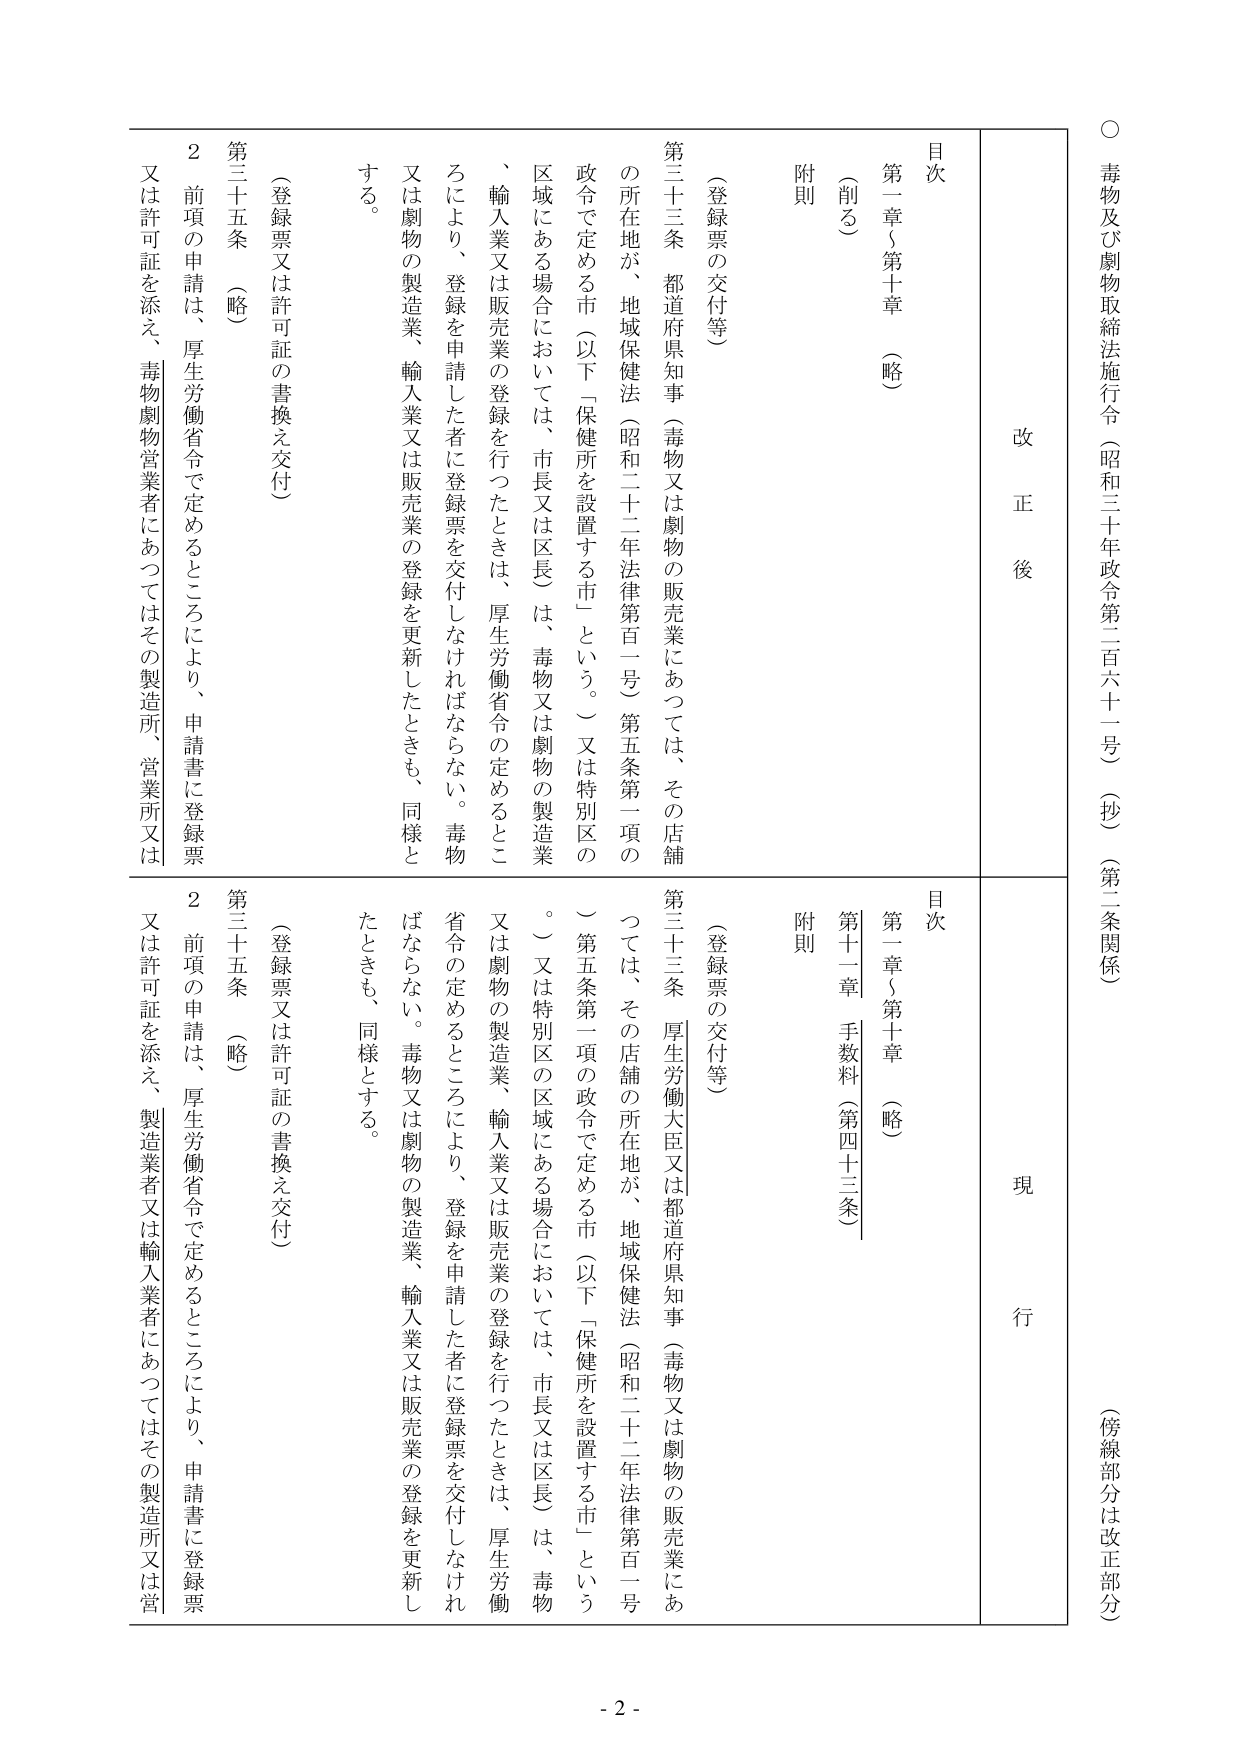
○ 毒物及び劇物取締法施行令（昭和三十年政令第二百六十一号）（抄）（第二条関係）（傍線部分は改正部分）

改正後

目次
第一章～第十章（略）
（削る）
附則

（登録票の交付等）
第三十三条 都道府県知事（毒物又は劇物の販売業にあつては、その店舗の所在地が、地域保健法（昭和二十二年法律第百一号）第五条第一項の政令で定める市（以下「保健所を設置する市」という。）又は特別区の区域にある場合においては、市長又は区長）は、毒物又は劇物の製造業、輸入業又は販売業の登録を行つたときは、厚生労働省令で定めるところにより、登録を申請した者に登録票を交付しなければならない。毒物又は劇物の製造業、輸入業又は販売業の登録を更新したときも、同様とする。

第三十五条（略）
（登録票又は許可証の書換え交付）
２ 前項の申請は、厚生労働省令で定めるところにより、申請書に登録票又は許可証を添え、毒物劇物営業者にあつてはその製造所、営業所又は

現行

目次
第一章～第十章（略）
第十一章 手数料（第四十三条）
附則

（登録票の交付等）
第三十三条 厚生労働大臣又は都道府県知事（毒物又は劇物の販売業にあつては、その店舗の所在地が、地域保健法（昭和二十二年法律第百一号）第五条第一項の政令で定める市（以下「保健所を設置する市」という。）又は特別区の区域にある場合においては、市長又は区長）は、毒物又は劇物の製造業、輸入業又は販売業の登録を行つたときは、厚生労働省令で定めるところにより、登録を申請した者に登録票を交付しなければならない。毒物又は劇物の製造業、輸入業又は販売業の登録を更新したときも、同様とする。

第三十五条（略）
（登録票又は許可証の書換え交付）
２ 前項の申請は、厚生労働省令で定めるところにより、申請書に登録票又は許可証を添え、製造業者又は輸入業者にあつてはその製造所又は営

- 2 -